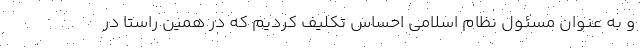
و به عنوان مسئول نظام اسلامی احساس تکلیف کردیم که در همین راستا در